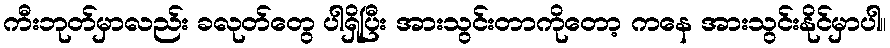
ကီးဘုတ်မှာလည်း ခလုတ်တွေ ပါရှိပြီး အားသွင်းတာကိုတော့ ကနေ အားသွင်းနိုင်မှာပါ။